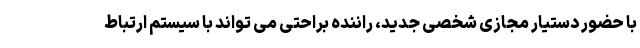
با حضور دستیار مجازی شخصی جدید، راننده براحتی می تواند با سیستم ارتباط